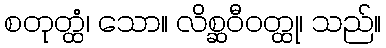
စတုတ္ထံ၊ သော။ လိစ္ဆဝီဝတ္ထု၊ သည်။